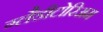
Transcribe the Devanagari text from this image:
ग्लैडीटोरिअम